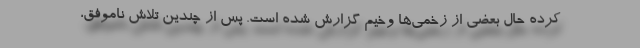
کرده حال بعضی از زخمی‌ها وخیم گزارش شده است. پس از چندین تلاش ناموفق،